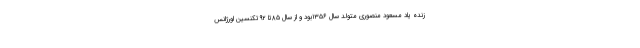
زنده یاد مسعود منصوری متولد سال ۱۳۵۶بود و از سال ۸۵تا ۹۲تکنسین اورژانس